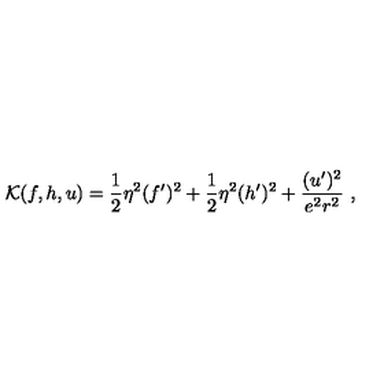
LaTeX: { \cal K } ( f , h , u ) = \frac 1 2 \eta ^ { 2 } ( f ^ { \prime } ) ^ { 2 } + \frac 1 2 \eta ^ { 2 } ( h ^ { \prime } ) ^ { 2 } + \frac { ( u ^ { \prime } ) ^ { 2 } } { e ^ { 2 } r ^ { 2 } } \ ,